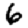
Digit: 6